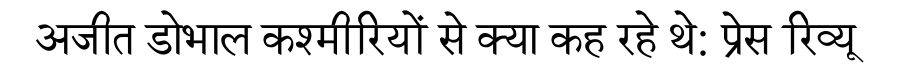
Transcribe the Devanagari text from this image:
अजीत डोभाल कश्मीरियों से क्या कह रहे थे: प्रेस रिव्यू